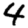
Digit: 4